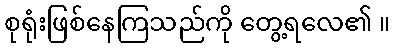
စုရုံးဖြစ်နေကြသည်ကို တွေ့ရလေ၏ ။